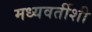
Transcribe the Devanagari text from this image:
मध्यवर्तीशी